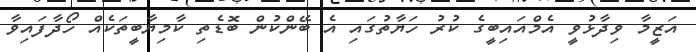
އަޒީމާ ވިދާޅުވީ އެމްއައިބީގެ ކުރު ހަޔާތުގައި އެ ބޭންކުން ބޮޑެތި ކާމިޔާބީތަކެއް ހޯދާފައިވާ